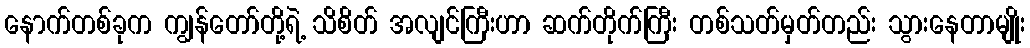
နောက်တစ်ခုက ကျွန်တော်တို့ရဲ့ သိစိတ် အလျင်ကြီးဟာ ဆက်တိုက်ကြီး တစ်သတ်မှတ်တည်း သွားနေတာမျိုး